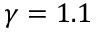
\gamma = 1 . 1